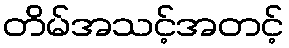
တိမ်အသင့်အတင့်